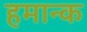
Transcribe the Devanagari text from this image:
हमान्क